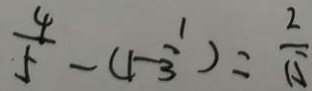
\frac { 4 } { 5 } - ( 1 - \frac { 1 } { 3 } ) = \frac { 2 } { 1 5 }